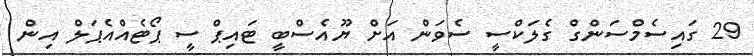
29 ގައިސެމްސަންގް ގެލަކްސީ ސެވަން އަށް ޔޫއެސްބީ ޓައިޕް ސީ ޕޯޓެއްއެޕަލް އިން